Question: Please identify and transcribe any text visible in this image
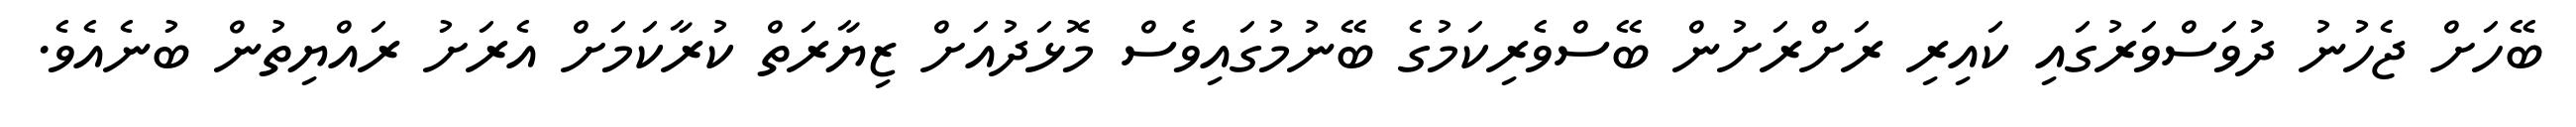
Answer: ބޭހަށް ޖެހުނު ދުވަސްވަރުގައި ކައިރި ރަށްރަށުން ބޭސްވެރިކަމުގެ ބޭނުމުގައިވެސް މޮޅަދުއަށް ޒިޔާރަތް ކުރާކަމަށް އެރަށު ރައްޔިތުން ބުނެއެވެ.